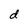
Character: d